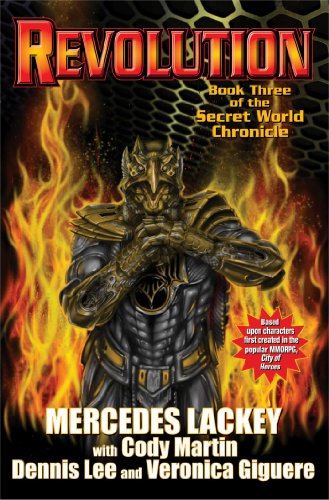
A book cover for Revolution: Secret World Chronicle III; Mercedes Lackey; Science Fiction & Fantasy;